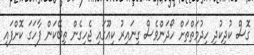
ގޮސް ކުދިކުދި ހިދުމަތްތަށް ހޯދަންވެސް ގިނައިރު ކިއޫގައި ޖެހިގެން ތިބޭކަން ފާހަގަ ކޮށްފައި